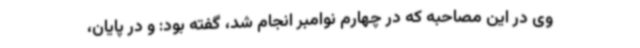
وی در این مصاحبه که در چهارم نوامبر انجام شد، گفته بود: و در پایان،